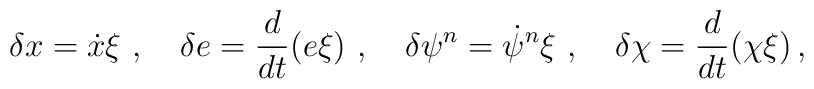
\delta x = \dot{x}\xi \,\,,\,\,\,\,\,\,\delta e = \frac{d}{dt}(e\xi) \,\,,\,\,\,\,\,\,\delta \psi^n = \dot{\psi}^n\xi \, \,,\,\,\,\,\,\,\delta \chi = \frac{d}{dt}(\chi\xi)\, ,